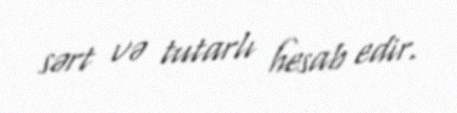
sərt və tutarlı hesab edir.